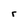
Character: r